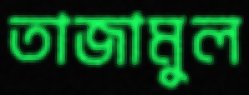
তাজামুল